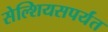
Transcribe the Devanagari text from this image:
सेल्शियसपर्यंत